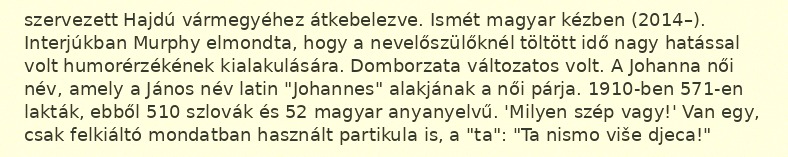
szervezett Hajdú vármegyéhez átkebelezve. Ismét magyar kézben (2014–). Interjúkban Murphy elmondta, hogy a nevelőszülőknél töltött idő nagy hatással volt humorérzékének kialakulására. Domborzata változatos volt. A Johanna női név, amely a János név latin "Johannes" alakjának a női párja. 1910-ben 571-en lakták, ebből 510 szlovák és 52 magyar anyanyelvű. 'Milyen szép vagy!' Van egy, csak felkiáltó mondatban használt partikula is, a "ta": "Ta nismo više djeca!"